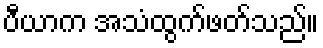
ပီယာက အသံထွက်ဖတ်သည်။